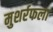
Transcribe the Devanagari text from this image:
मुशर्रफला